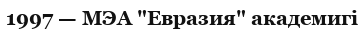
1997 — МЭА "Евразия" академигі